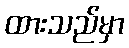
ထားသည်မှာ